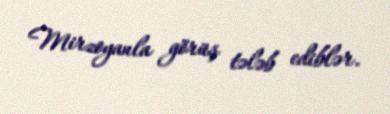
Mirzoyanla görüş tələb ediblər.